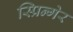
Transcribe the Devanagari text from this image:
स्प्रिन्गेर